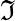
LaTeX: \mathfrak{I}